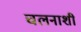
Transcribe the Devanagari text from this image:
चलनाशी